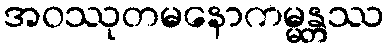
အဝဿုတမနောကမ္မန္တဿ